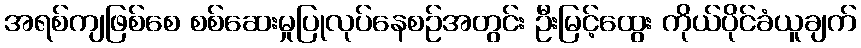
အရစ်ကျဖြစ်စေ စစ်ဆေးမှုပြုလုပ်နေစဉ်အတွင်း ဦးမြင့်ထွေး ကိုယ်ပိုင်ခံယူချက်